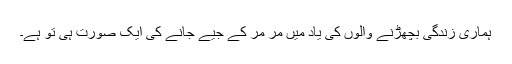
ہماری زندگی بچھڑنے والوں کی یاد میں مر مر کے جیے جانے کی ایک صورت ہی تو ہے۔